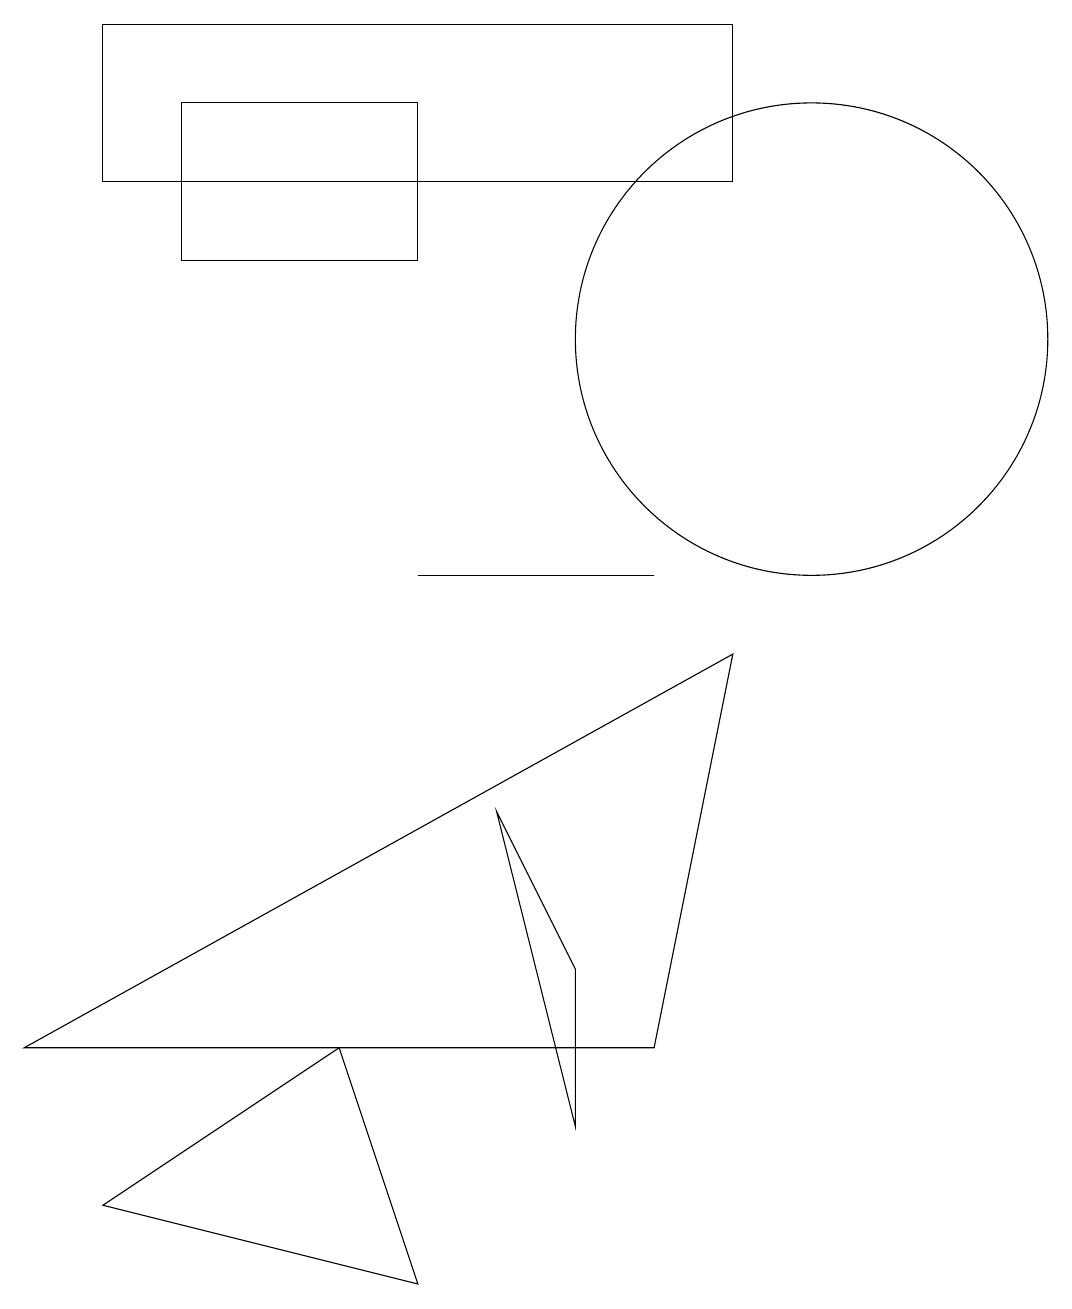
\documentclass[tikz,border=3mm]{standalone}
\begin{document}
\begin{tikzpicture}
\draw (9,14) rectangle (1,16);
\draw (5,0) -- (4,3) -- (1,1) -- cycle;
\draw (8,9) -- (5,9) -- (8,9) -- cycle;
\draw (2,15) rectangle (5,13);
\draw (10,12) circle (3);
\draw (9,8) -- (0,3) -- (8,3) -- cycle;
\draw (7,2) -- (6,6) -- (7,4) -- cycle;
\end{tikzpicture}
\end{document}